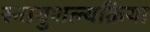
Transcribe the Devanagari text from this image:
स्नायुशल्यक्रिया